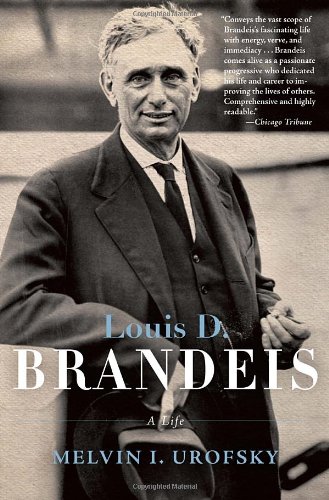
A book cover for Louis D. Brandeis: A Life; Melvin I. Urofsky; Law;